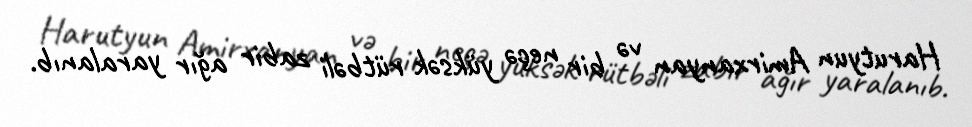
Harutyun Amirxanyan və bir neçə yüksək rütbəli zabir ağır yaralanıb.